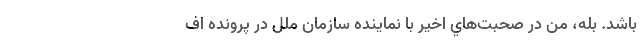
باشد. بله، من در صحبت‌هاي اخير با نماينده سازمان ملل در پرونده اف